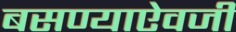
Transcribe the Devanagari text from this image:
बसण्याऐवजी